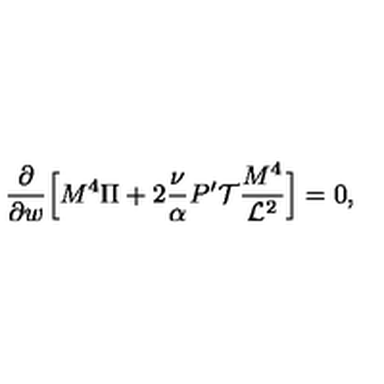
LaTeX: \frac { \partial } { \partial w } \Big [ M ^ { 4 } \Pi + 2 \frac { \nu } { \alpha } P ^ { \prime } { \cal T } \frac { M ^ { 4 } } { { \cal L } ^ { 2 } } \Big ] = 0 ,